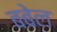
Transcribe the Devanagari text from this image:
बबेल